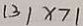
( 3 ) x > 1